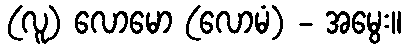
(လူ) လောမော (လောမံ) - အမွေး။